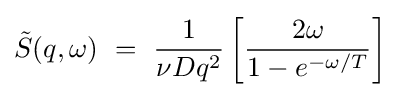
{\tilde {S}}(q,\omega )\ =\ {\frac {1}{\nu Dq^{2}}}\left[{\frac {2\omega }{1-e^{-\omega /T}}}\right]